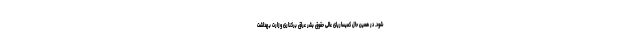
شود. در همین حال کمیساریای عالی حقوق بشر عراق برکناری وزارت بهداشت